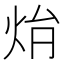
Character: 𤇖